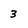
Character: 3